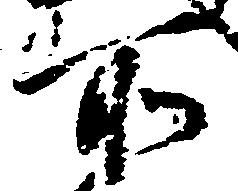
所